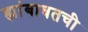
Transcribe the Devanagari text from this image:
ह्यांबाबतची